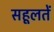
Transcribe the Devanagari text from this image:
सहूलतें